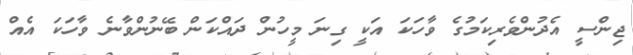
ޖިންސީ އެދުންވެރިކަމުގެ ވާހަކަ އަކީ ގިނަ މީހުން ދައްކަން ބޭނުންވާނެ ވާހަކަ އެއް